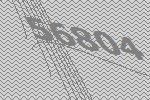
56804